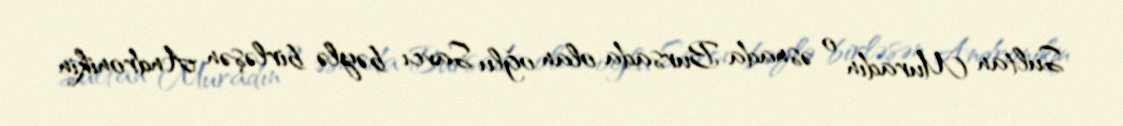
Sultan Muradın o əsnada Bursada olan oğlu Savcı bəylə birləşən Andronikin